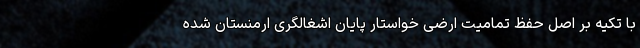
با تکیه بر اصل حفظ تمامیت ارضی خواستار پایان اشغالگری ارمنستان شده